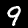
Digit: 9